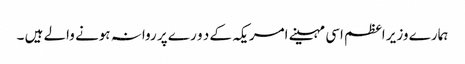
ہمارے وزیر اعظم اسی مہینے امریکہ کے د و ر ے پر روانہ ہونے والے ہیں ۔